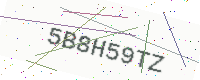
Text: 5B8H59TZ